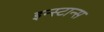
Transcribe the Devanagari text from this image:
इन्स्टान्स